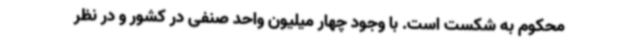
محکوم به شکست است. با وجود چهار میلیون واحد صنفی در کشور و در نظر